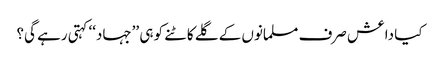
کیا داعش صرف مسلمانوں کے گلے کاٹنے کو ہی ’’جہاد‘‘ کہتی رہے گی؟